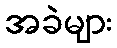
အခဲများ